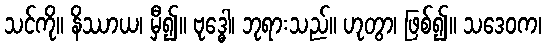
သင်ကို။ နိဿာယ၊ မှီ၍။ ဗုဒ္ဓေါ၊ ဘုရားသည်။ ဟုတွာ၊ ဖြစ်၍။ သဒေဝက၊